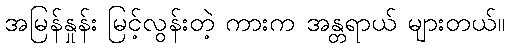
အမြန်နှုန်း မြင့်လွန်းတဲ့ ကားက အန္တရာယ် များတယ်။